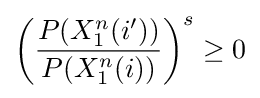
\left({\frac {P(X_{1}^{n}(i'))}{P(X_{1}^{n}(i))}}\right)^{s}\geq 0